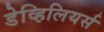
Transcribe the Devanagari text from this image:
डेव्हिलियर्स